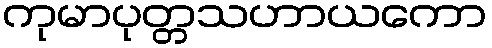
ကုမာပုတ္တသဟာယကော